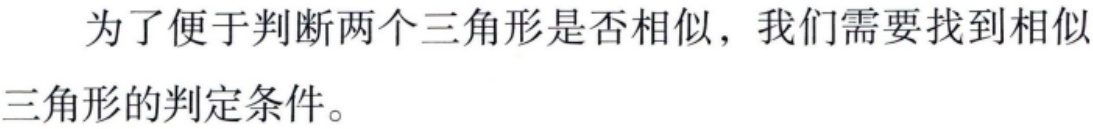
为了便于判断两个三角形是否相似，我们需要找到相似三角形的判定条件。